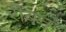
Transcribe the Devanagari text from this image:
रीबन